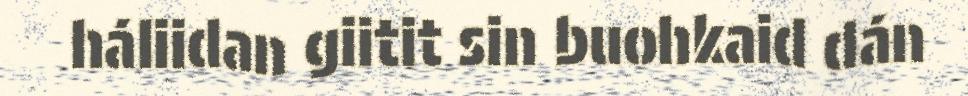
háliidan giitit sin buohkaid dán